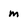
Character: m